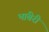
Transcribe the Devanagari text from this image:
भांबेरी